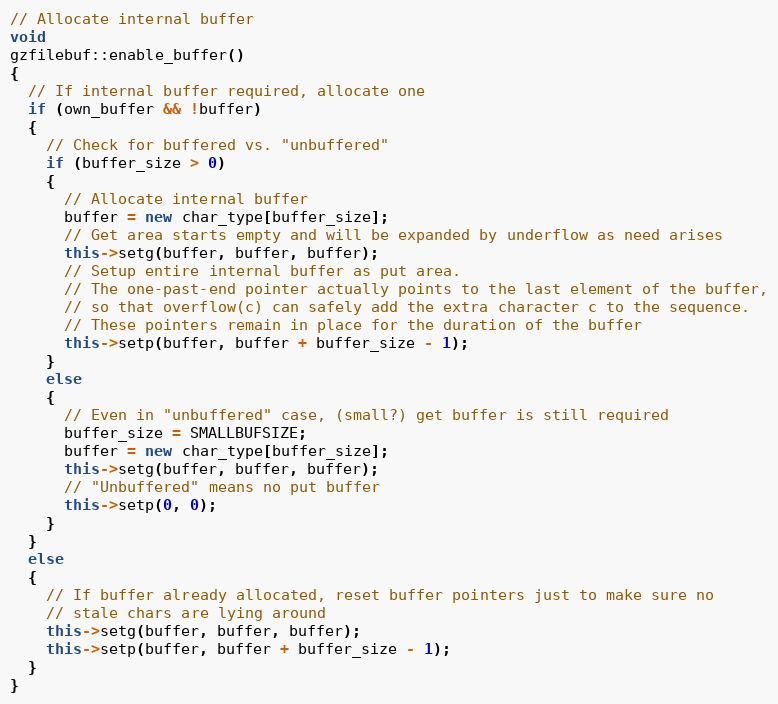
Language: C++
// Allocate internal buffer
void
gzfilebuf::enable_buffer()
{
  // If internal buffer required, allocate one
  if (own_buffer && !buffer)
  {
    // Check for buffered vs. "unbuffered"
    if (buffer_size > 0)
    {
      // Allocate internal buffer
      buffer = new char_type[buffer_size];
      // Get area starts empty and will be expanded by underflow as need arises
      this->setg(buffer, buffer, buffer);
      // Setup entire internal buffer as put area.
      // The one-past-end pointer actually points to the last element of the buffer,
      // so that overflow(c) can safely add the extra character c to the sequence.
      // These pointers remain in place for the duration of the buffer
      this->setp(buffer, buffer + buffer_size - 1);
    }
    else
    {
      // Even in "unbuffered" case, (small?) get buffer is still required
      buffer_size = SMALLBUFSIZE;
      buffer = new char_type[buffer_size];
      this->setg(buffer, buffer, buffer);
      // "Unbuffered" means no put buffer
      this->setp(0, 0);
    }
  }
  else
  {
    // If buffer already allocated, reset buffer pointers just to make sure no
    // stale chars are lying around
    this->setg(buffer, buffer, buffer);
    this->setp(buffer, buffer + buffer_size - 1);
  }
}